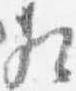
相